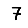
Digit: 7